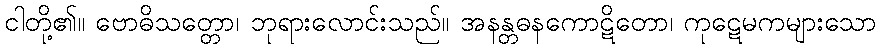
ငါတို့၏။ ဗောဓိသတ္တော၊ ဘုရားလောင်းသည်။ အနန္တဓနကောဋိတော၊ ကုဋေမကများသော